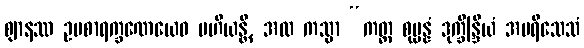
ဈာနဿ ဥပစာရက္ခဏေယေဝ ပဟီယန္တိ, အထ ကသ္မာ “ကတ္ထ စုပ္ပန္နံ ဒုက္ခိန္ဒြိယံ အပရိသေသံ